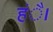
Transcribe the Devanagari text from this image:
हंै।